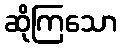
ဆိုကြသော